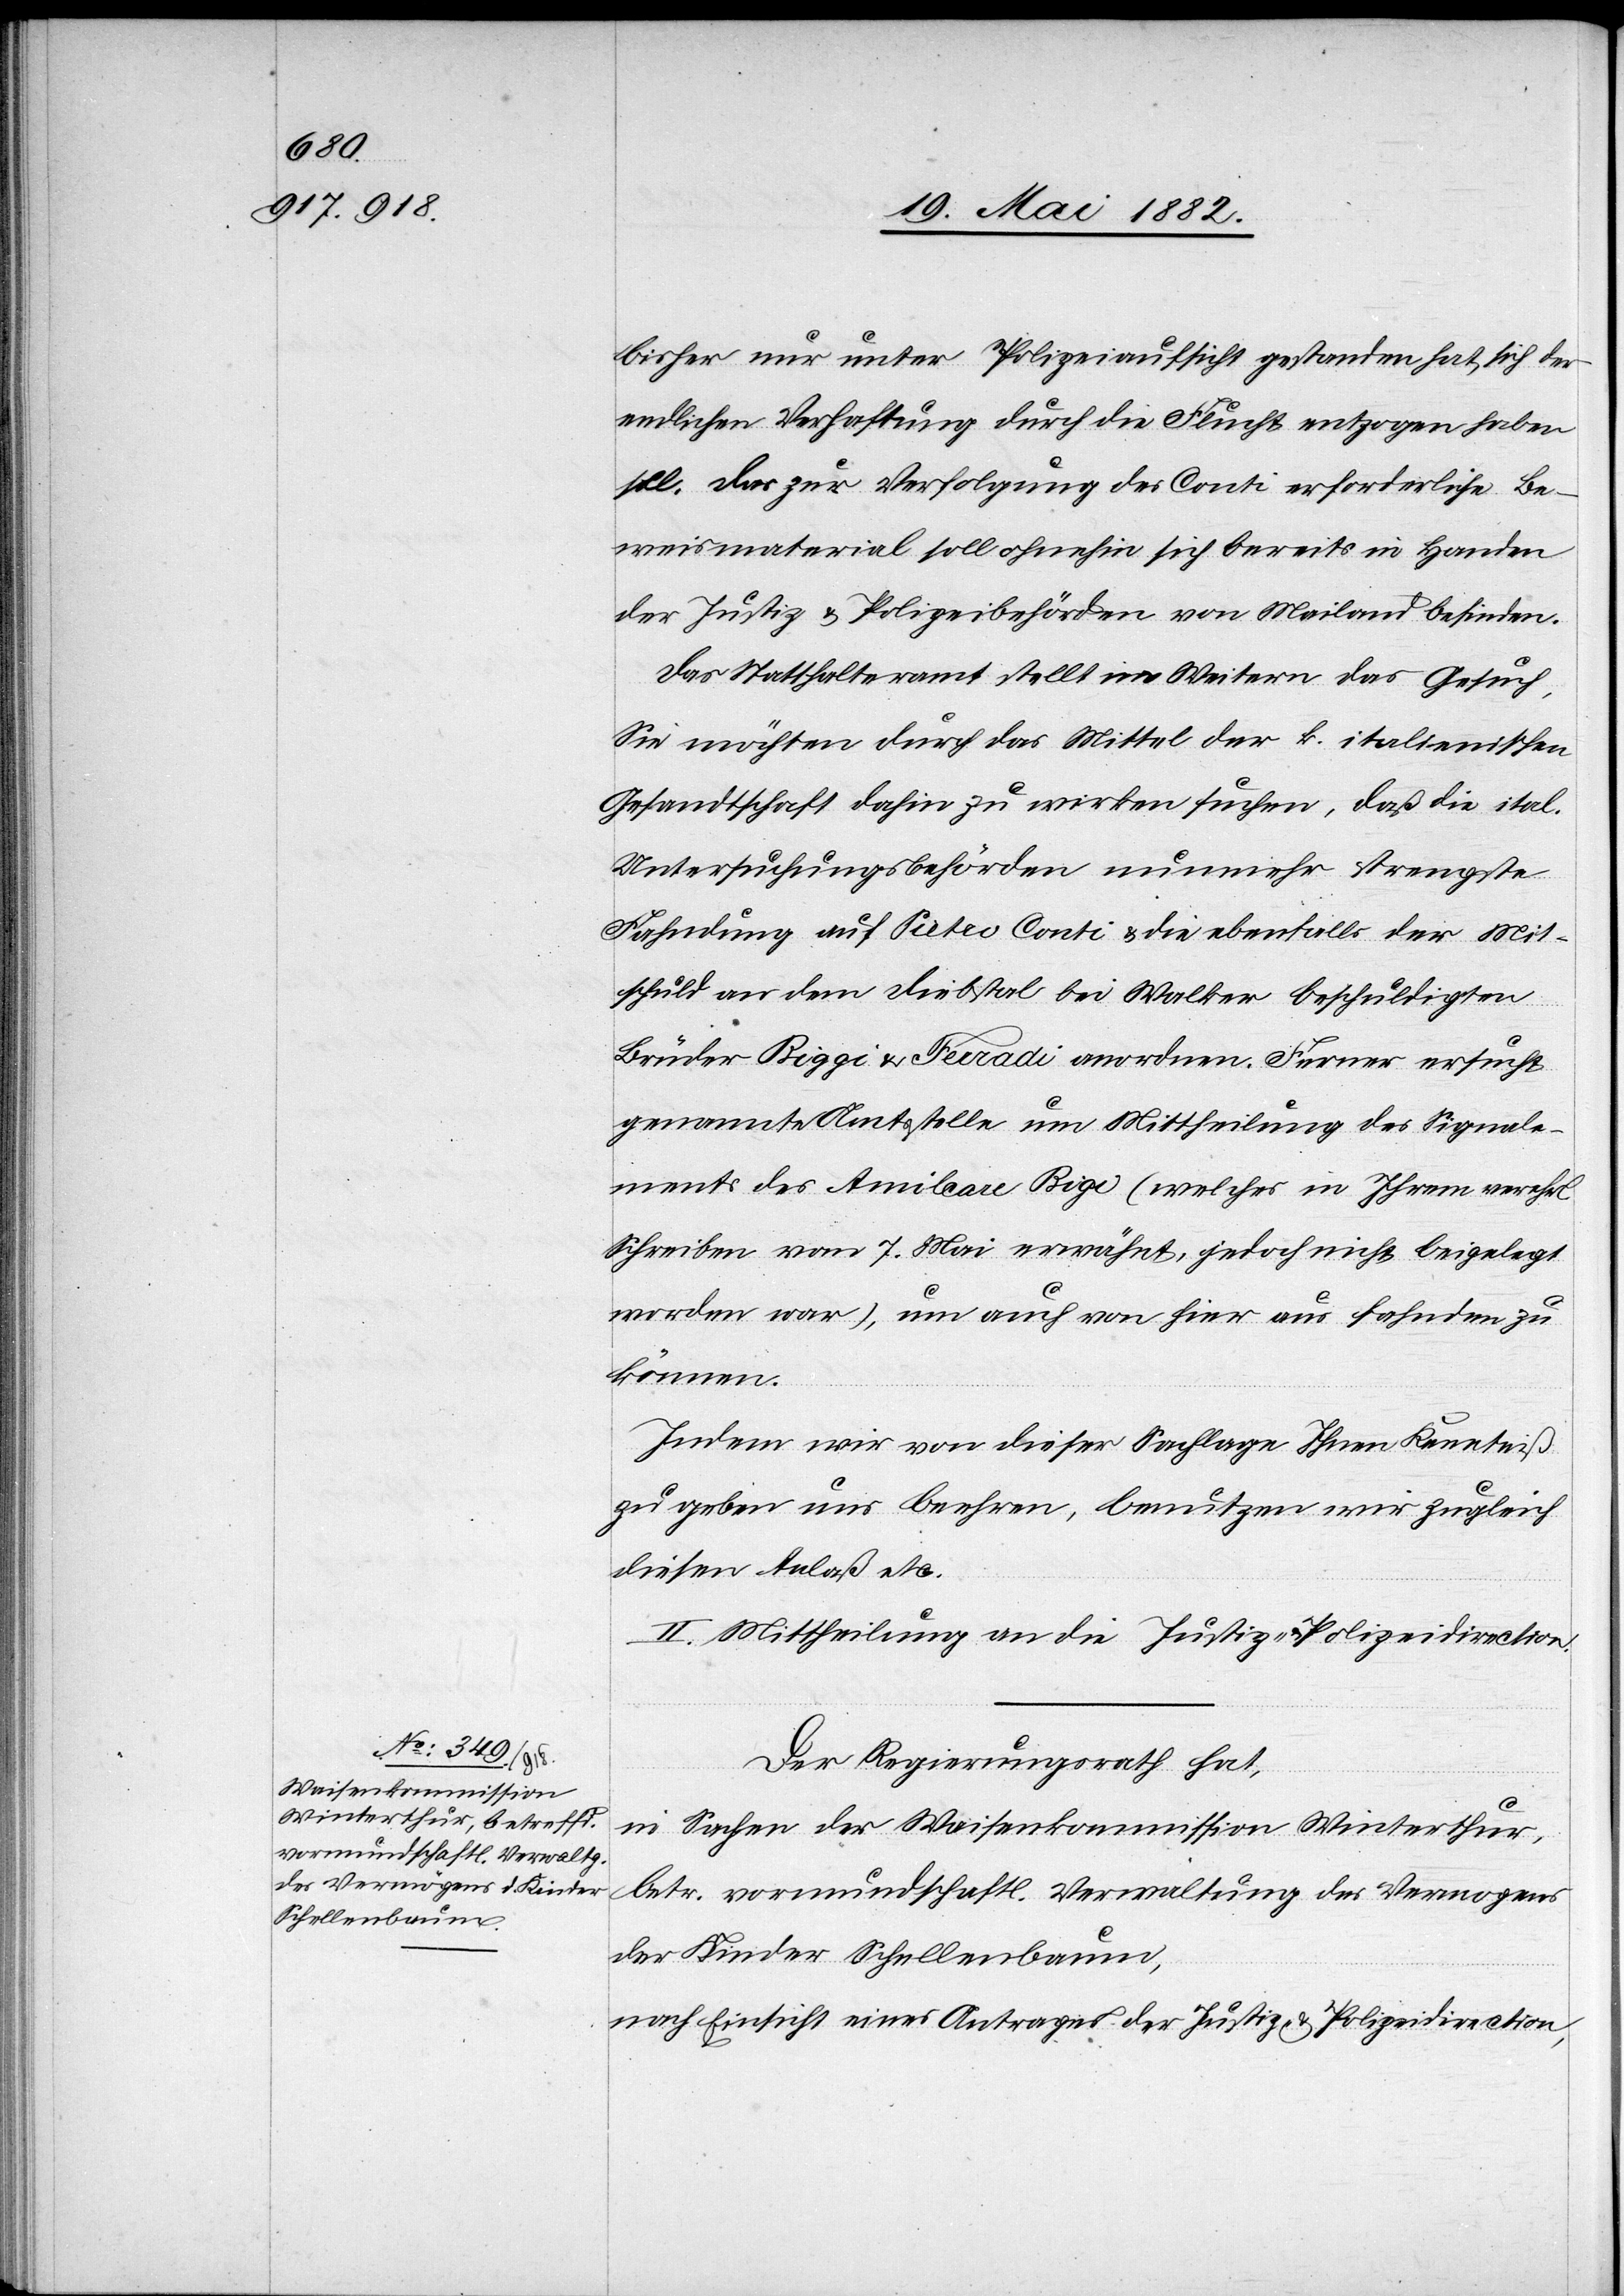
bisher nur unter Polizeiaufsicht gestanden hat, sich der
endlichen Verhaftung durch Flucht entzogen haben
soll. Das zur Verfolgung des Conti erforderliche Be¬
weismaterial soll ohnehin sich bereits in Handen
der Justiz- & Polizeibehörden von Mailand befinden.
Das Statthalteramt stellt im Weitern das Gesuch,
Sie möchten durch das Mittel der k. italienischen
Gesandtschaft dahin zu wirken suchen, daß die ital.
Untersuchungsbehörden nunmehr strengste
Fahndung auf Pietro Conti & die ebenfalls der Mit¬
schuld an dem Diebstal bei Walker beschuldigten
Brüder Riggi & Ferradi anordnen. Ferner ersucht
genannte Amtsstelle um Mittheilung des Signal¬
ments des Amilcare Rigi (welches in Ihrem verehrl.
Schreiben vom 7. Mai erwähnt, jedoch nicht beigelegt
worden war), um auch von hier aus fahnden zu
können.
Indem wir von dieser Sachlage Ihnen Kenntniß
zu geben uns beehren, benutzen wir zugleich
diesen Anlaß etc.
II. Mittheilung an die Justiz- & Polizeidirection.
Der Regierungsrath hat,
in Sachen der Waisenkommission Winterthur,
betr. vormundschaftl. Verwaltung des Vermögens
der Kinder Schellenbaum,
nach Einsicht eines Antrages der Justiz- & Polizeidirection,